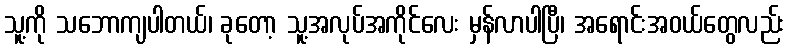
သူ့ကို သဘောကျပါတယ်၊ ခုတော့ သူ့အလုပ်အကိုင်လေး မှန်လာပါပြီ၊ အရောင်းအဝယ်တွေလည်း